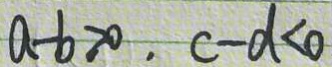
a - b > 0 , c - d < 0